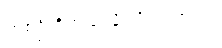
တစ်ဦးရှိတယ်လို့ သိရပါတယ်။